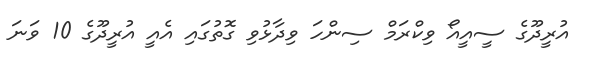
އުރީދޫގެ ސީއީއޯ ވިކްރަމް ސިންހަ ވިދާޅުވި ގޮތުގައި އެއީ އުރީދޫގެ 10 ވަނަ